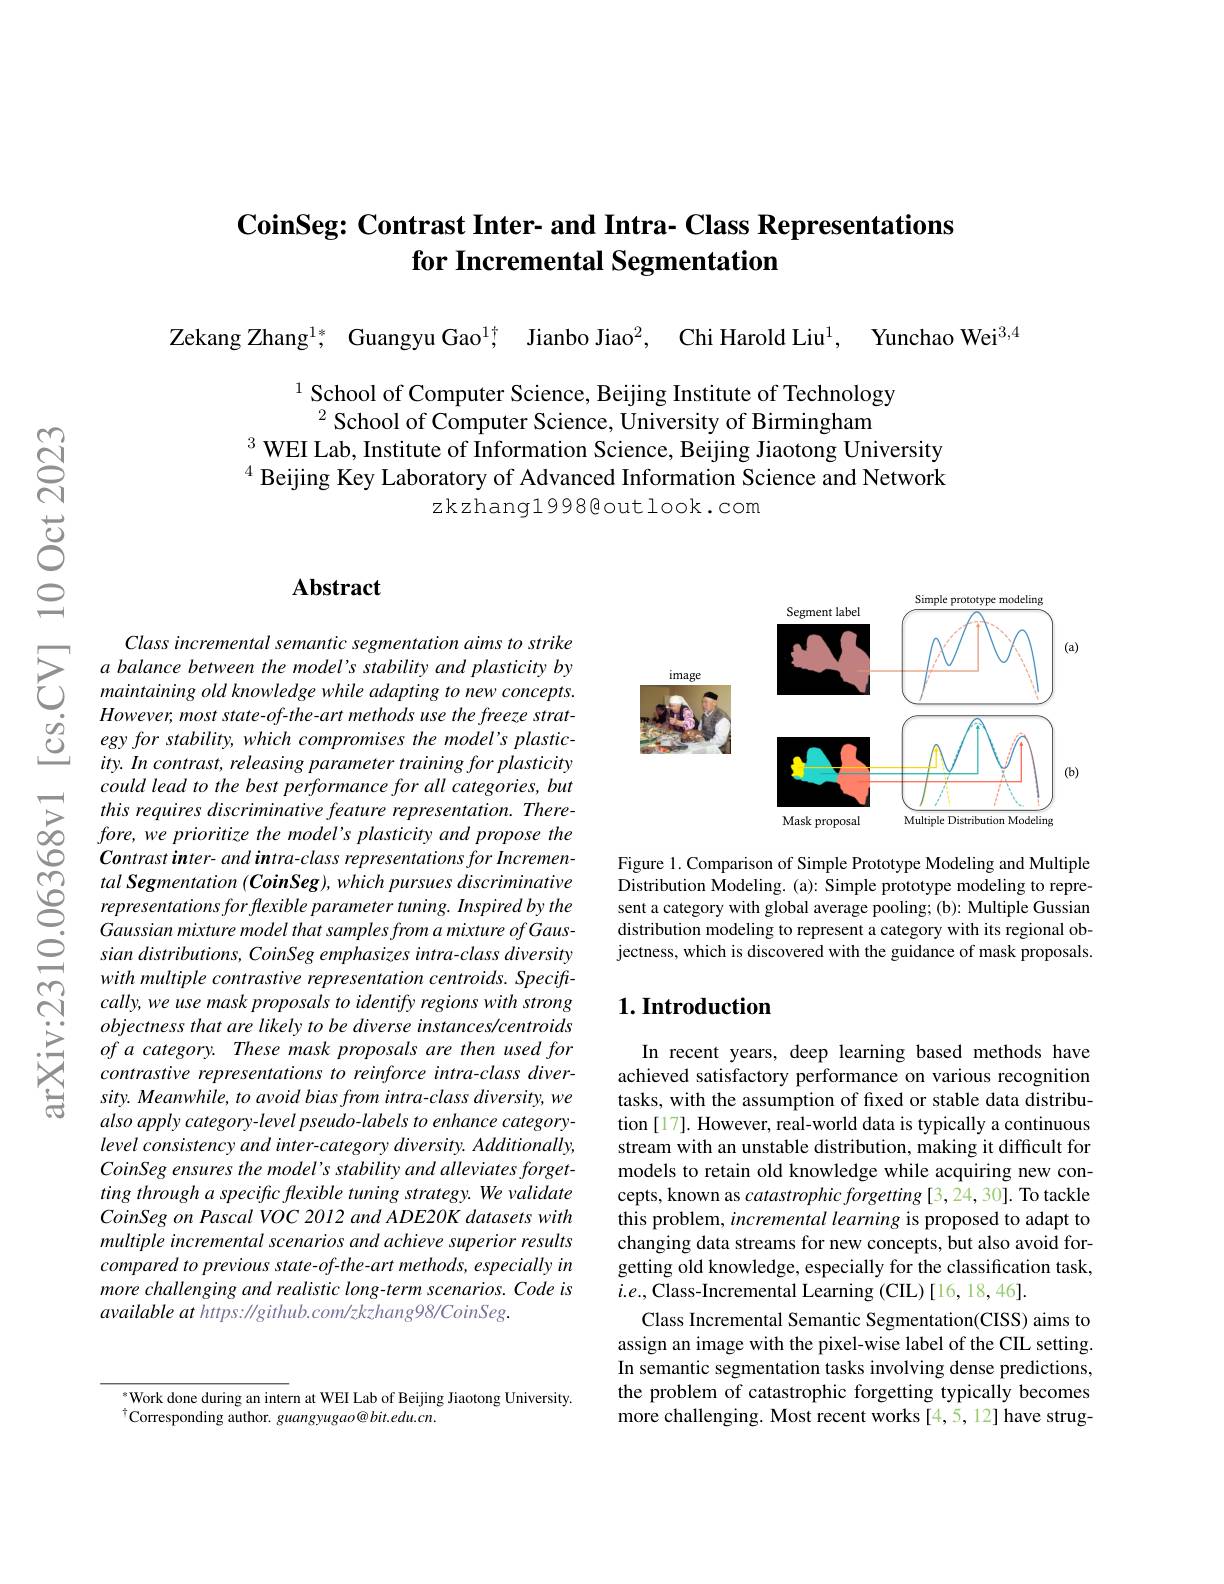
## $\textbf{CoinSeg: Contrast Inter- and Intra- Class Representations}$ for Incremental Segmentation

Zekang Zhang$^{1*}$ Guangyu Gao$^{1\dagger}$ Jianbo Jiao$^2$, Chi Harold Liu$^1$, Yunchao Wei$^{3,4}$

$^{1}$ School of Computer Science, Beijing Institute of Technology $^{2}$School of Computer Science, University of Birmingham
$^3$ WEI Lab, Institute of Information Science, Beijing Jiaotong University $^{4}$ Beijing Key Laboratory of Advanced Information Science and Network
zkzhang1998@outlook.com

## Abstract

Class incremental semantic segmentation aims to strike
$\sum_{\begin{array}{ll}&\text{Class mcremental semantic segmentation aums to strike}\\&a\text{ balance between the model's stability and plasticity by}\\&\text{maintaining old knowledge while adapting to new concepts.}\\&\text{However most state-fthe-art methods use the froeza strat}\end{array}}$ $\begin{array}{lll}{}However,most\:state-of-the-art\:methods\:u\end{array}$
ity. In contrast, releasing parameter training for plasticity could lead to the best performance for all categories, but this requires discriminative feature representation. Therefore, we prioritize the model's plasticity and propose the Contrast inter- and intra- class representations for Incremental Segmentation (CoinSeg), which pursues discriminative representations for flexible parameter tuning. Inspired by the Gaussian mixture model that samples from a mixture of Gaussian distributions, CoinSeg emphasizes intra-class diversity with multiple contrastive representation centroids. Speciftcally, we use mask proposals to identify regions with strong objectness that are likely to be diverse instances/centroids of a category. These mask proposals are then used for contrastive representations to reinforce intra-class diversity. Meanwhile, to avoid bias from intra-class diversity, we also apply category- level pseudo- labels to enhance categorylevel consistency and inter-category diversity. Additionally, CoinSeg ensures the model's stability and alleviates forgetting through a specific flexible tuning strategy. We validate $CoinSegon\textit{Pascal VOC 2012 and ADE20K datasets with}$ multiple incremental scenarios and achieve superior results compared to previous state-of-the-art methods, especially in more challenging and realistic long-term scenarios. Code is available at https: //github.com/zkzhang98/CoinSeg.

<FigureHere>

Figure 1. Comparison of Simple Prototype Modeling and Multiple Distribution Modeling. (a): Simple prototype modeling to represent a category with global average pooling; (b): Multiple Gussian distribution modeling to represent a category with its regional objectness, which is discovered with the guidance of mask proposals.

### $1. \textbf{Introduction}$

In recent years, deep learning based methods have achieved satisfactory performance on various recognition tasks, with the assumption of fixed or stable data distribution [17]. However, real-world data is typically a continuous stream with an unstable distribution, making it difficult for models to retain old knowledge while acquiring new concepts, known as catastrophic forgetting [3, 24, 30]. To tackle this problem, incremental learning is proposed to adapt to changing data streams for new concepts, but also avoid forgetting old knowledge, especially for the classification task, $i.e.$,Class-Incremental Learning (CIL)[16,18,46].
Class Incremental Semantic Segmentation(CISS) aims to assign an image with the pixel-wise label of the CIL setting. In semantic segmentation tasks involving dense predictions, the problem of catastrophic forgetting typically becomes more challenging. Most recent works [4,5,12] have strug-

$^{*}$Work done during an intern at WEI Lab of Beijing Jiaotong University.
$^{\dagger}$Corresponding author. guangyugao@bit.edu.cn.